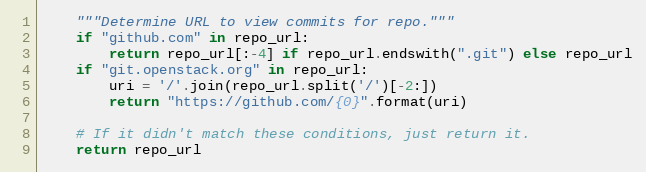
Language: Python
    """Determine URL to view commits for repo."""
    if "github.com" in repo_url:
        return repo_url[:-4] if repo_url.endswith(".git") else repo_url
    if "git.openstack.org" in repo_url:
        uri = '/'.join(repo_url.split('/')[-2:])
        return "https://github.com/{0}".format(uri)

    # If it didn't match these conditions, just return it.
    return repo_url